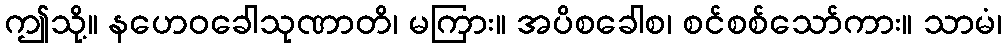
ဤသို့။ နဟေဝခေါသုဏာတိ၊ မကြား။ အပိစခေါစ၊ စင်စစ်သော်ကား။ သာမံ၊